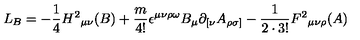
L _ { B } = - { \frac { 1 } { 4 } } H ^ { 2 } { } _ { \mu \nu } ( B ) + { \frac { m } { 4 ! } } \epsilon ^ { \mu \nu \rho \omega } B _ { \mu } \partial _ { [ \nu } A _ { \rho \sigma ] } - { \frac { 1 } { 2 \cdot 3 ! } } F ^ { 2 } { } _ { \mu \nu \rho } ( A )